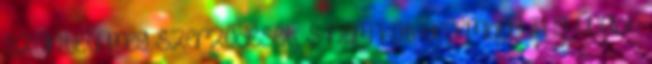
szünteti meg szerződését, s nem köt december 31-ig újabb